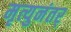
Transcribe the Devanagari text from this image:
मृत्युनंतर्